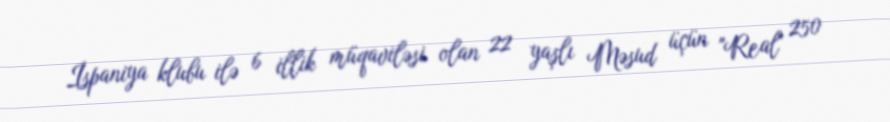
İspaniya klubu ilə 6 illik müqaviləsi olan 22 yaşlı Məsud üçün "Real" 250